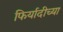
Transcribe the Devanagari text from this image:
फिर्यादीच्या